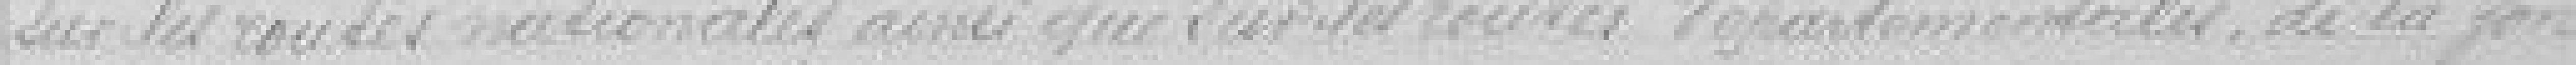
sur les routes nationales ainsi que sur les routes départementales, de la gare